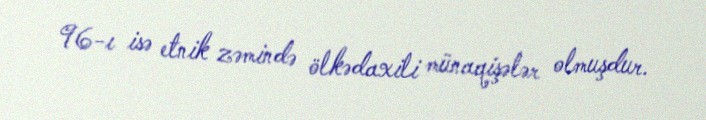
96-ı isə etnik zəmində ölkədaxili münaqişələr olmuşdur.